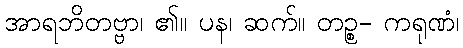
အာရဘိတဗ္ဗာ၊ ၏။ ပန၊ ဆက်။ တဉ္စ- ကရုဏံ၊